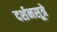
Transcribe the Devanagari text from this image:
दर्शनसूत्रे